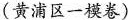
(黄浦区一模卷)